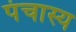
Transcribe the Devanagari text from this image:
पंचास्य